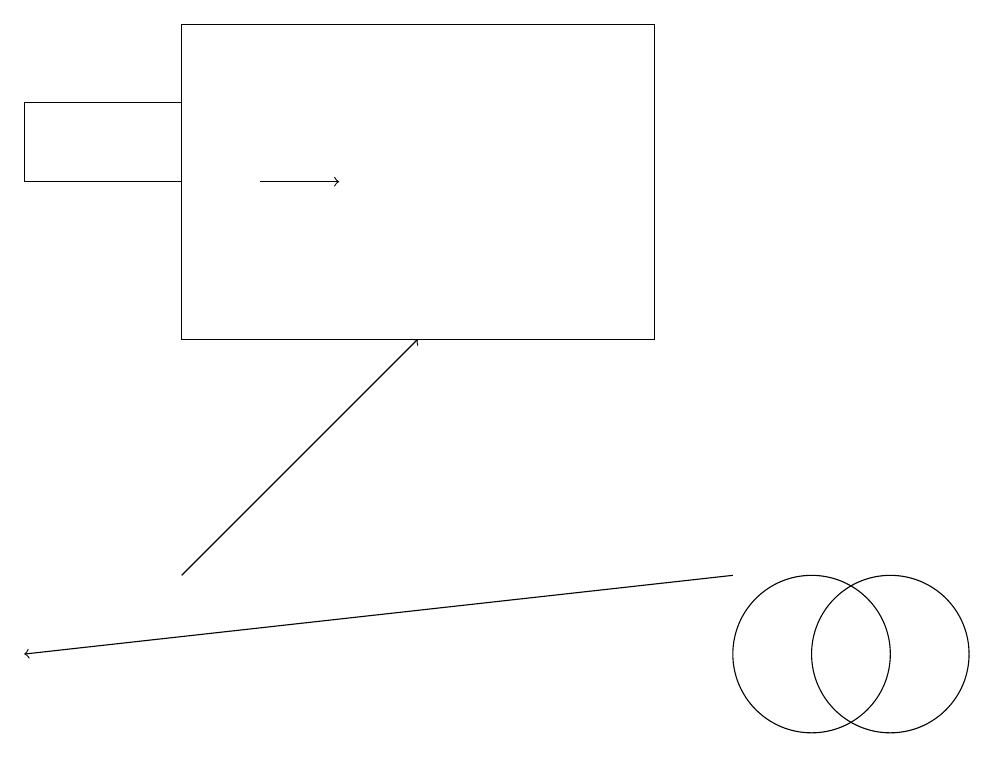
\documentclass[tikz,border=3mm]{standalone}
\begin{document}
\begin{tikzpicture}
\draw[->] (3,16) -- (4,16);
\draw[->] (2,11) -- (5,14);
\draw (2,17) rectangle (0,16);
\draw[->] (9,11) -- (0,10);
\draw (10,10) circle (1);
\draw (2,18) rectangle (8,14);
\draw (11,10) circle (1);
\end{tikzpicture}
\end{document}